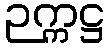
ဉက္ကဋ္ဌ